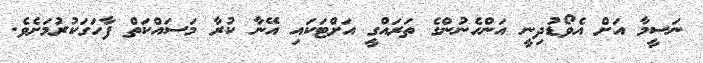
ނަސީމާ އަށް އެވޯޑުދިނީ އަންހެނުންގެ ތަރައްގީ އަށްޓަކައި އޭނާ ކުރާ މަސައްކަތް ފާހަގަކުރުމަށެވެ.